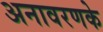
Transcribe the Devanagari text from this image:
अनावरणके